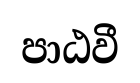
පාඨවී